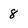
Character: 8